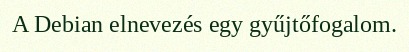
A Debian elnevezés egy gyűjtőfogalom.